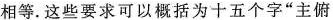
相等。这些要求可以概括为十五个字”主俯